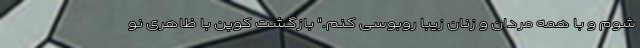
شوم و با همه مردان و زنان زیبا روبوسی کنم." بازگشت کوپن با ظاهری نو